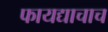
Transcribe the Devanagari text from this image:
फायद्याचाच